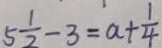
5 \frac { 1 } { 2 } - 3 = a + \frac { 1 } { 4 }